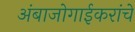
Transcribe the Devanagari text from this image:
अंबाजोगाईकरांचे